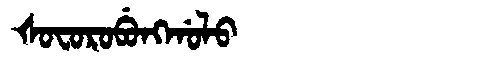
Manchu: ᡧᠣᠸᠣᡵᠣᠪᡠᠩᡤᠣᠯᠣ
Romanization: ŠOFOROBUNGGOLO